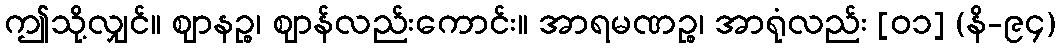
ဤသို့လျှင်။ ဈာနဉ္စ၊ ဈာန်လည်းကောင်း။ အာရမဏဉ္စ၊ အာရုံလည်း [၀၁] (နိ-၉၄)